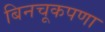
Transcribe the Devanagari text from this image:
बिनचूकपणा